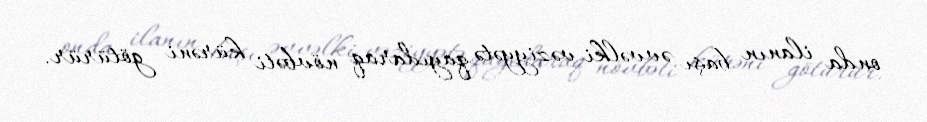
onda ilanın başı əvvəlki vəziyyətə qayıdaraq növbəti kürəni götürür.